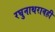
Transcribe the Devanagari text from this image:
रघुनाथरावही